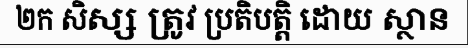
២ក សិស្ស ត្រូវ ប្រតិបត្តិ ដោយ ស្ថាន